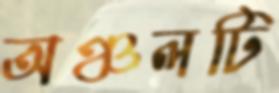
অঞ্চলটি